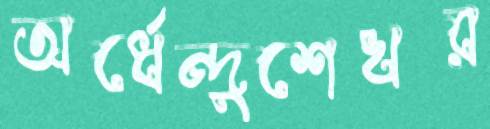
অর্ধেন্দুশেখর